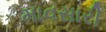
માવસારી